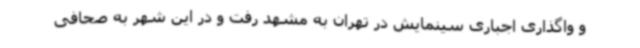
و واگذاری اجباری سینمایش در تهران به مشهد رفت و در این شهر به صحافی